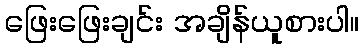
ဖြေးဖြေးချင်း အချိန်ယူစားပါ။